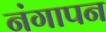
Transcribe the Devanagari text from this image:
नंगापन